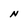
Character: N